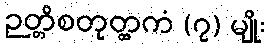
ဉတ္တိစတုတ္ထကံ (၇) မျိုး